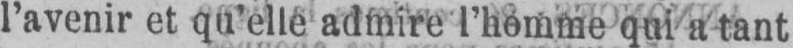
l’avenir et qu’elle admire l’homme qui a tant